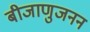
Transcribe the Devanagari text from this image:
बीजाणुजनन